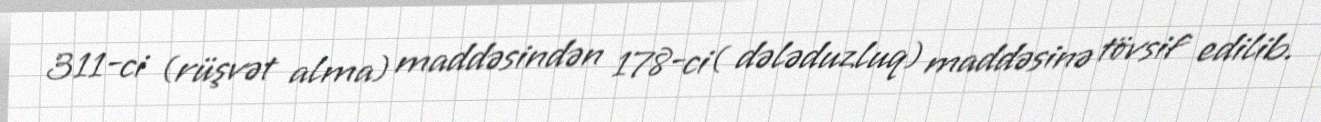
311-ci (rüşvət alma) maddəsindən 178-ci( dələduzluq) maddəsinə tövsif edilib.